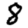
Digit: 8